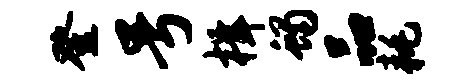
登号楫蝎品耗